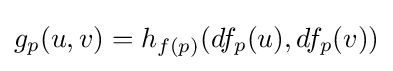
g_{p}(u,v)=h_{f(p)}(df_{p}(u),df_{p}(v))